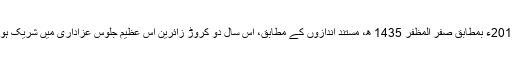
دسمبر 2013ء بمطابق صفر المظفر 1435 ھ، مستند اندازوں کے مطابق، اس سال دو کروڑ زائرین اس عظیم جلوس عزاداری میں شریک ہوئے تھے۔